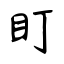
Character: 盯